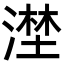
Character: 漜